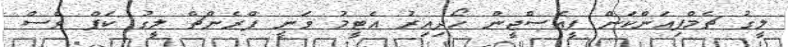
ލީގު ޗެމްޕިއަންކަން ޕީއެސްޖީން ހޯދިއިރު އެޓީމު ވަނީ ފްރެންޗް ލީގު ކަޕް ވެސް